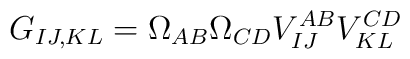
G_{IJ,KL}=\Omega_{AB}\Omega_{CD}V_{IJ}^{AB}V_{KL}^{CD}